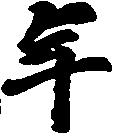
年